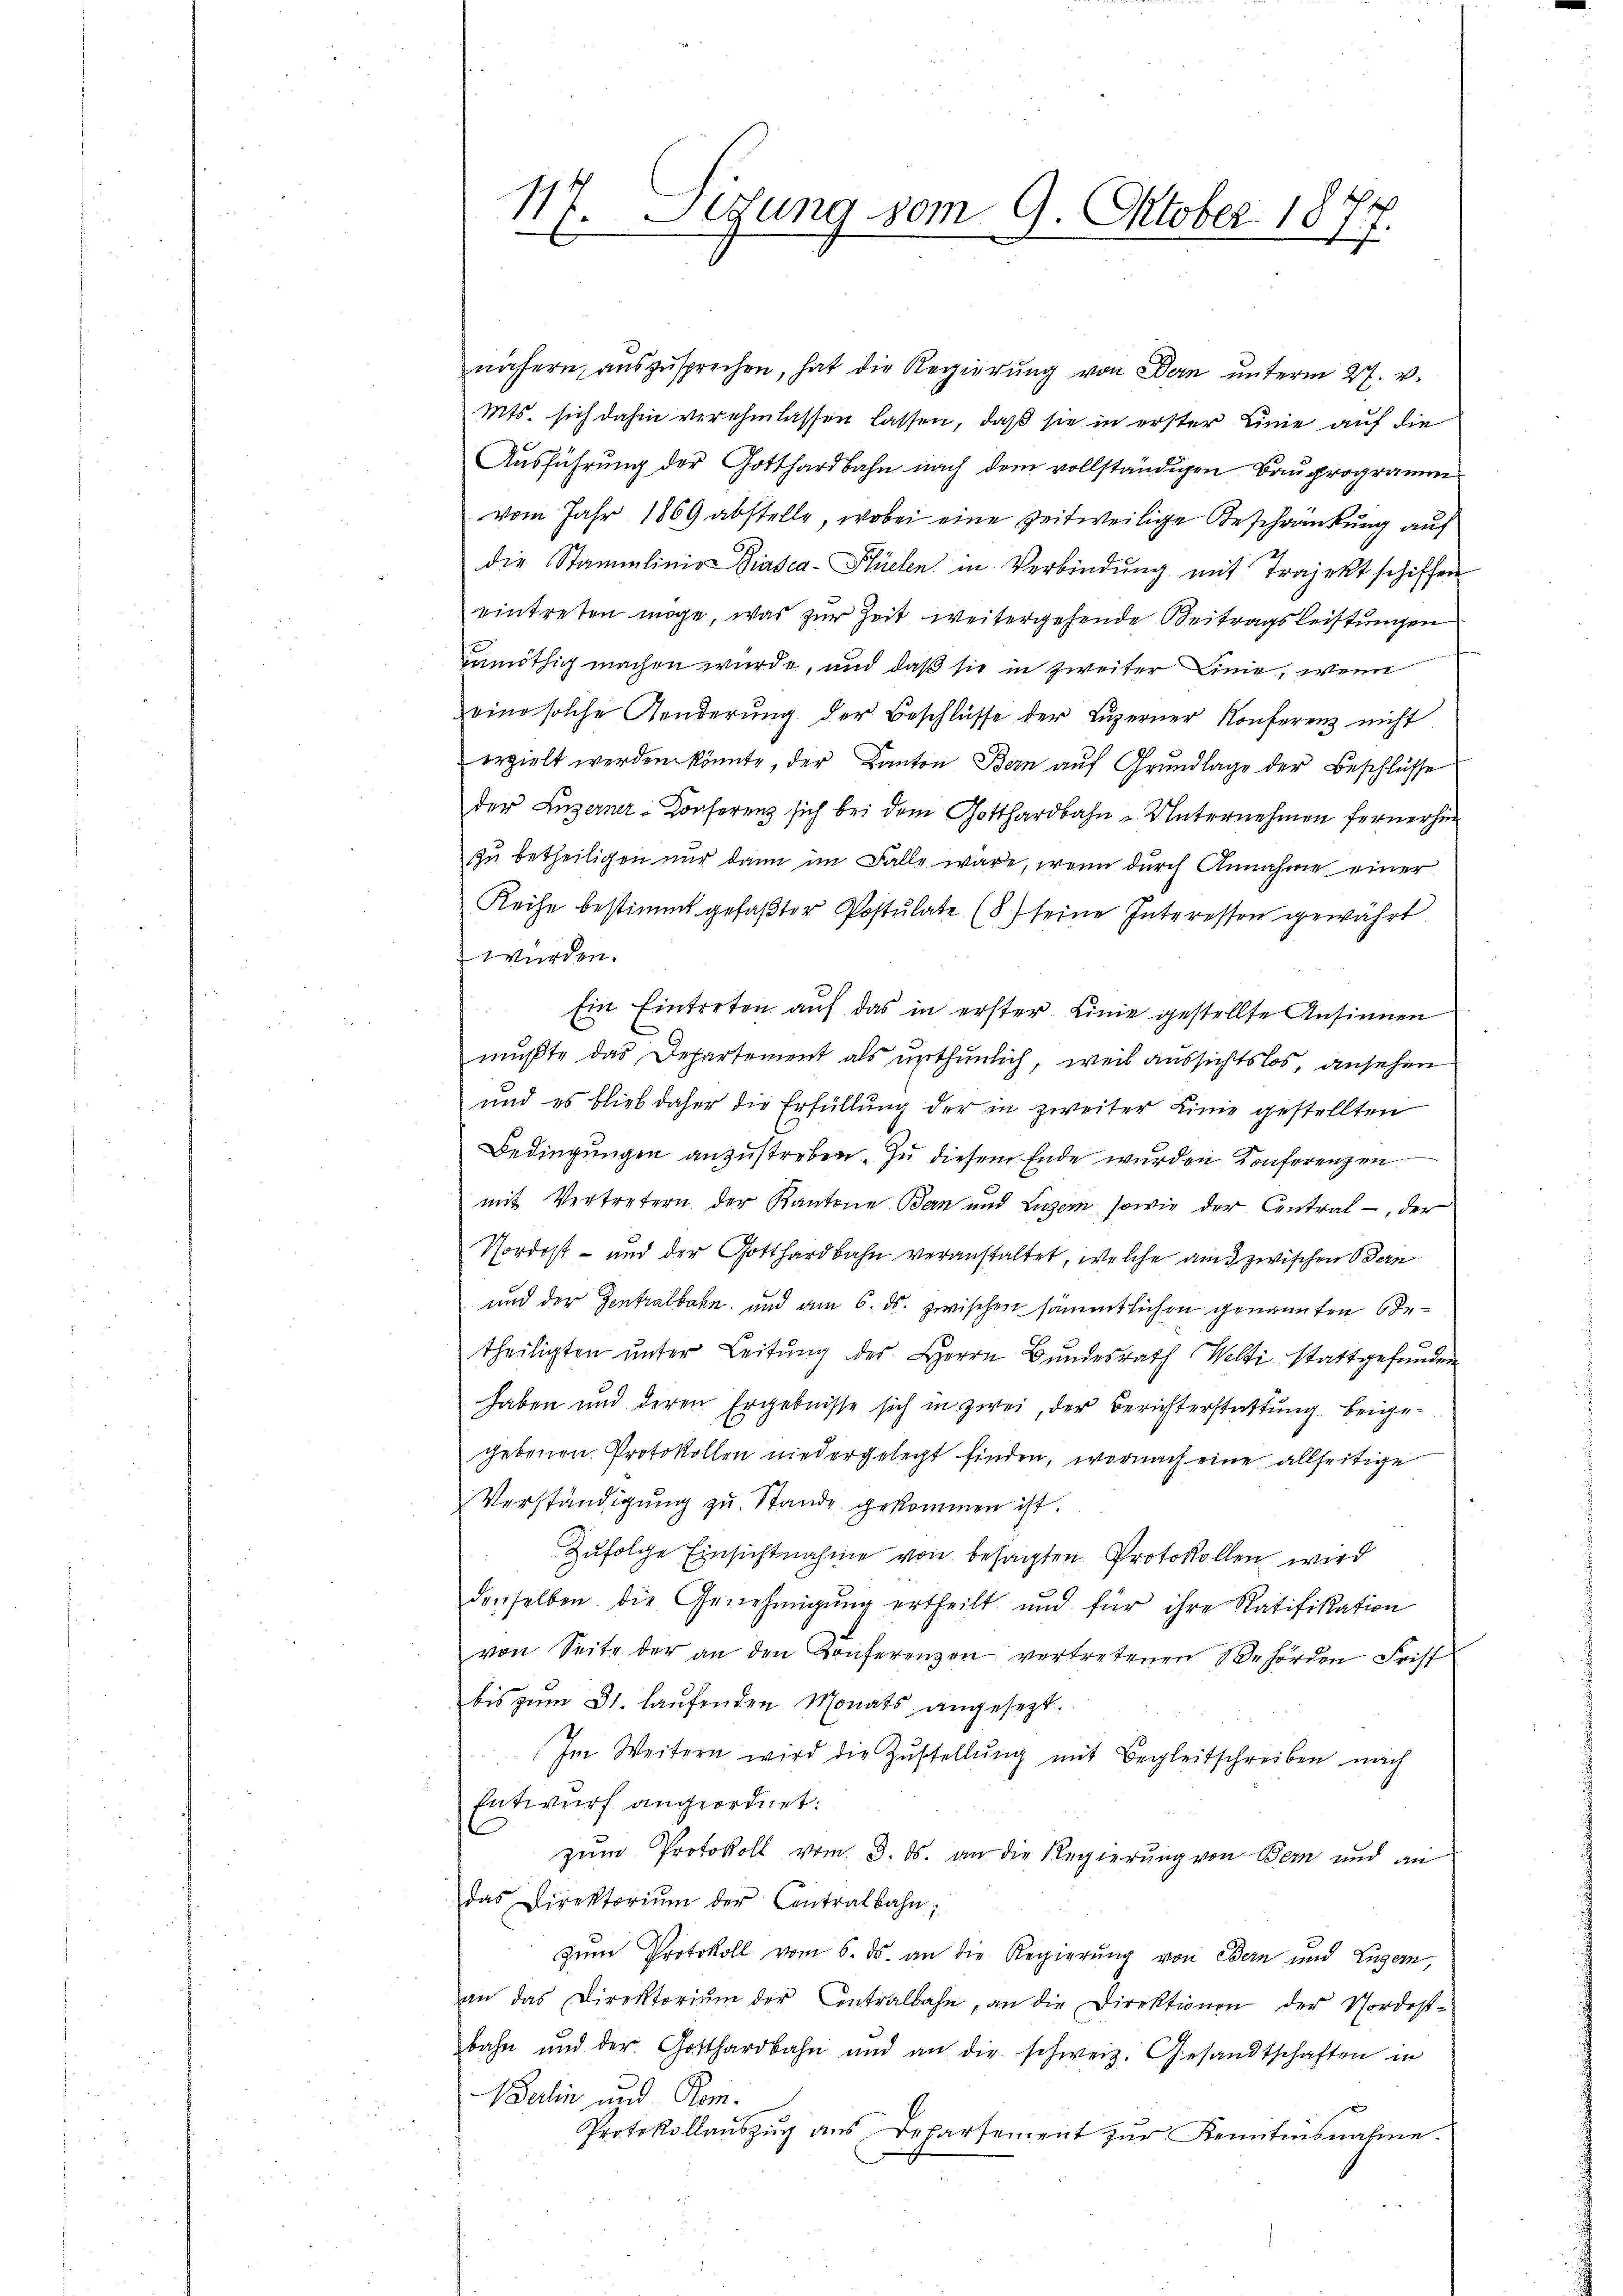
17. Legung vom 9. Oktober 18
1
2
s

nähern, auszusprechen, hat die Regierung von Bern unterm 27. v.
Mts. sich dahin verehmlassen lassen, daß sie in erster Linie auf die
Ausführung der Gotthardbahn nach dem vollständigen Bauprogramm
vom Jahr 1869 abstelle, wobei eine zeitweilige Beschränkung auf
die Stammlinie Biasca-Plüelen in Verbindŭng mit Trajekt schiffen
eintreten möge, was zur Zeit weitergehende Beitragsleistungen
unnöthig machen wurde, und daß sie in zweiter Linie, wenn
eine solche Aenderung der Beschlüsse der Luzerner Konferenz nicht
erzielt werden könnte, der Kanton Bern auf Grundlage der Beschlüsse
der Luzerner-Conferenz sich bei dem Gotthardbahn - Unternehmen fernerhin
zu betheiligen nur dann im Falle wäre, wenn durch Annahme einer
Reihe bestimmt gefaßter Postulate (8) seine Interessen gewährt
würden.
Ein Eintreten auf das in erster Linie gestellte Ansinnen
mußte das Departement als unthunlich, weil aussichtslos, ansehen
und es blieb daher die Erfüllung der in zweiter Linie gestellten
Bedingungen anzustreben. Zu diesem Ende wurden. Konferenzen
mit Vertretern der Kantone Bern und Luzern, sowie der Central - der
Vordost- und der Gotthardbahn veranstaltet, welche am 3. zwischen Bern
und der Zentralbahn und am 6. ds. zwischen sämmtlichen genannten Jetheiligten ŭnter Leitŭng des Herrn Bŭndesrath Welti stattgefŭnden
haben und deren Ergebnisse sich in zwei, der Berichterstattung beigegebenen Protokollen niedergelegt finden, wornach eine allseitige
Verständigŭng zŭ Stande gekommen ist.
Zufolge Einsichtnahme von besagten Protokollen wird
denselben die Genehmigŭng ertheilt und für ihre Ratifikation
von Seite der an den Conferenzen vertretenen Behörden Frist
bis zŭm 31. laŭfenden Monats angesezt.
Im Weitern wird die Zustellŭng mit Begleitschreiben nach
Entwurf angeordnet:
zum Protokoll vom 3. ds. an die Regierung von Bern und an
das Direktoriŭm der Contralbahn;
Zum Protokoll vom 6. ds. an die Regierung von Bern und Luzern,
an das Direktoriŭm der Centralbahn, an die Direktionen der Vordest-
bahn und der Gotthardbahn und an die schweiz. Gesandtschaften in
Berlin und Rom.
Protokollaŭszŭg ans Departement zŭr Kenntnisnahme.